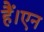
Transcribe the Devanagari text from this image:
हैं।एन